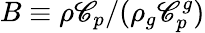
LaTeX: B\equiv{\rho\mathscr{C}_{p}}/(\rho_{g}\mathscr{C}_{p}^{g})